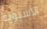
الآسيوية